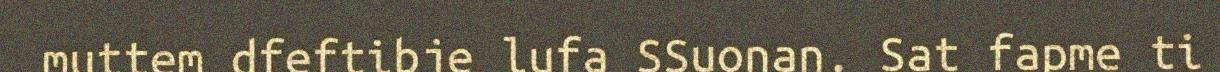
muttem dfeftibje lufa SSuonan. Sat fapme ti